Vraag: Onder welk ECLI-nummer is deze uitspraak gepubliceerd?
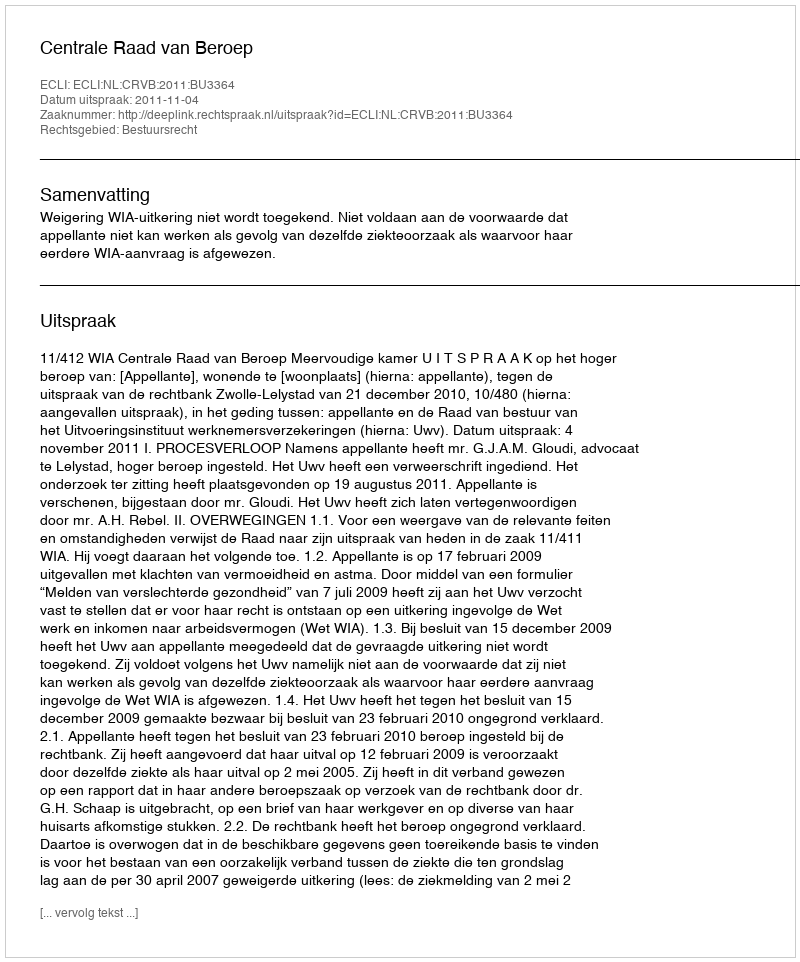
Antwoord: ECLI:NL:CRVB:2011:BU3364